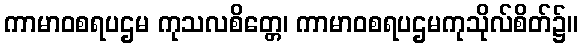
ကာမာဝစရပဌမ ကုသလစိတ္တေ၊ ကာမာဝစရပဌမကုသိုလ်စိတ်၌။